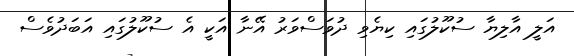
އަލީ އާލިޔާ ސުކޫލުގައި ކިޔެވި ދުވަސްވަރު އޭނާ އަކީ އެ ސުކޫލުގައި އަބަދުވެސް